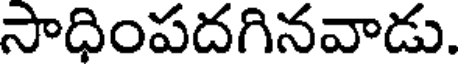
సాధింపదగినవాడు.